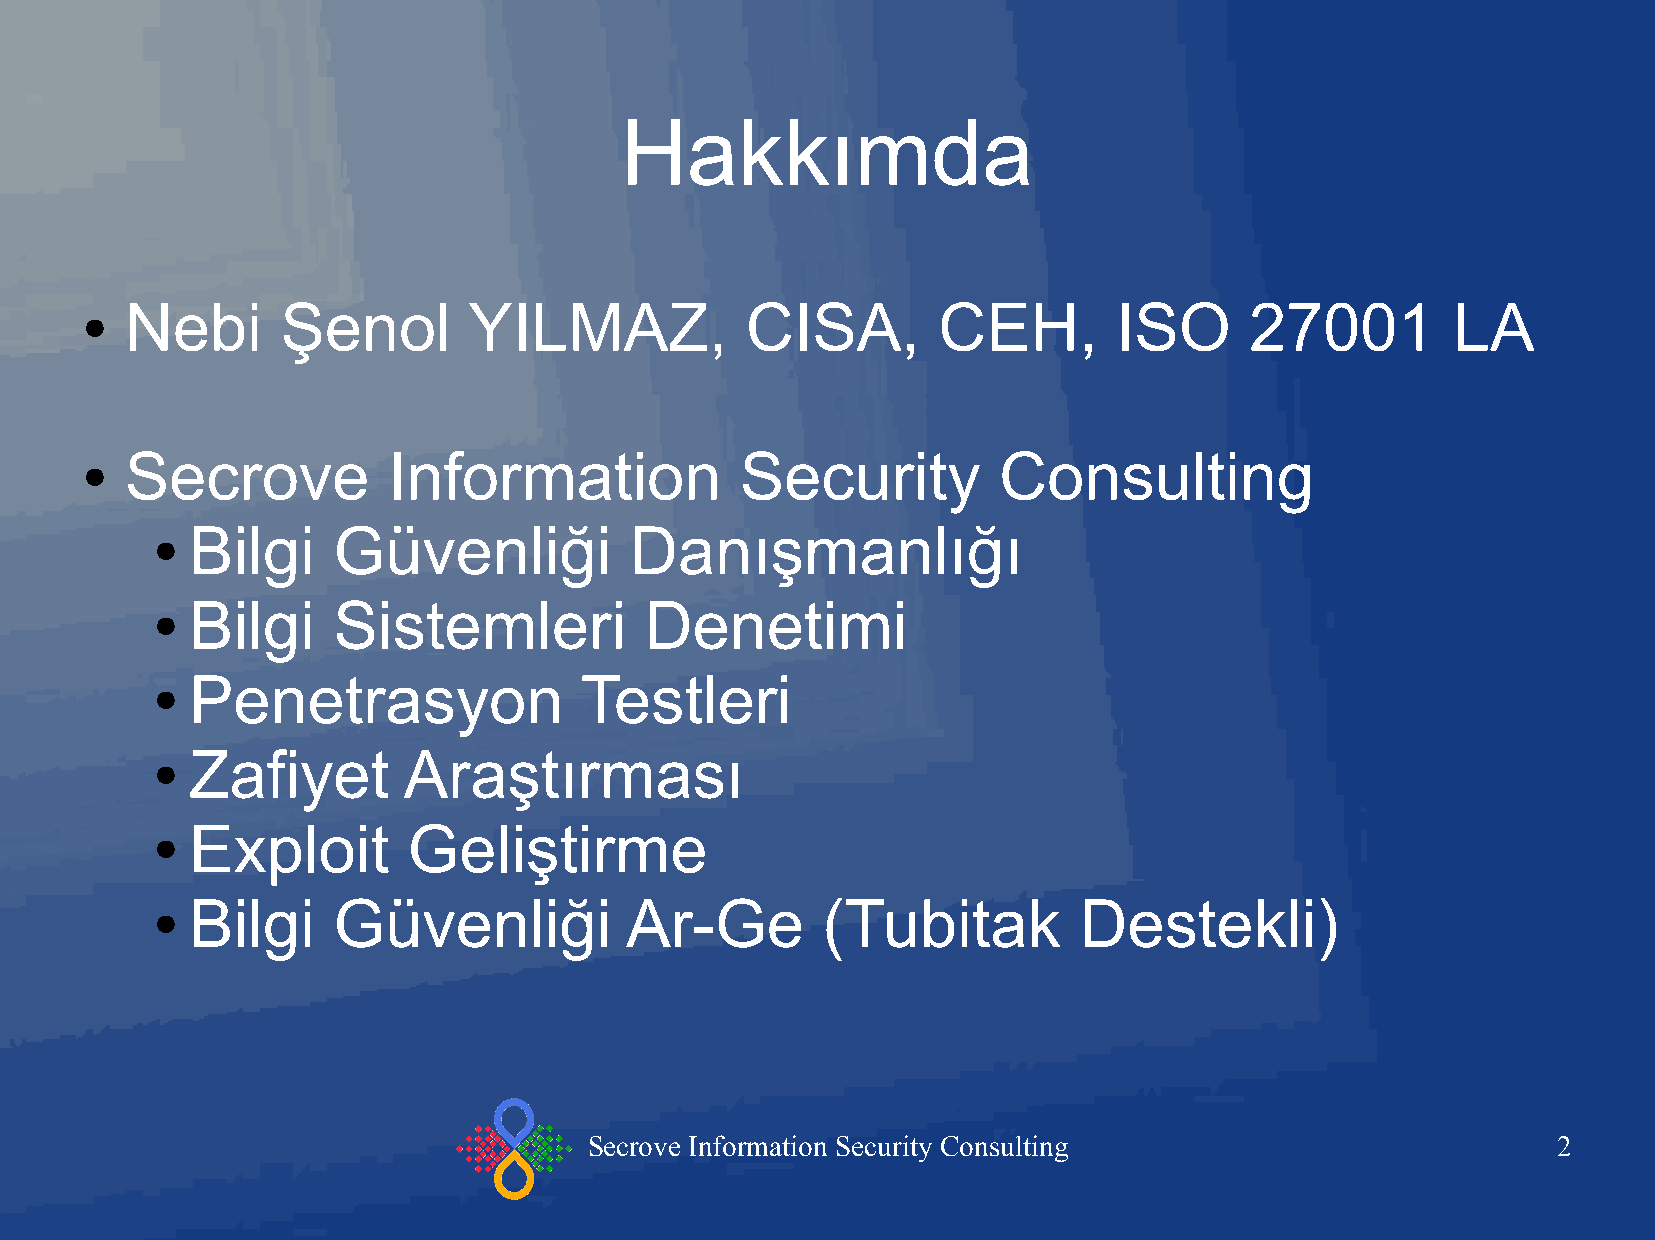
Hakkımda
 Nebi       Şenol       YILMAZ,           CISA,        CEH,        ISO      27001        LA
 ●
 Secrove           Information            Security         Consulting
 ●
 Bilgi    Güvenliği           Danışmanlığı
 ●
 Bilgi    Sistemleri           Denetimi
 ●
 Penetrasyon              Testleri
 ●
 Zafiyet       Araştırması
 ●
 Exploit       Geliştirme
 ●
 Bilgi    Güvenliği          Ar-Ge        (Tubitak         Destekli)
 ●
 Secrove Information Security Consulting                         2